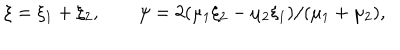
LaTeX: \xi = \xi _ { 1 } + \xi _ { 2 } , \qquad \psi = 2 ( \mu _ { 1 } \xi _ { 2 } - \mu _ { 2 } \xi _ { 1 } ) / ( \mu _ { 1 } + \mu _ { 2 } ) ,